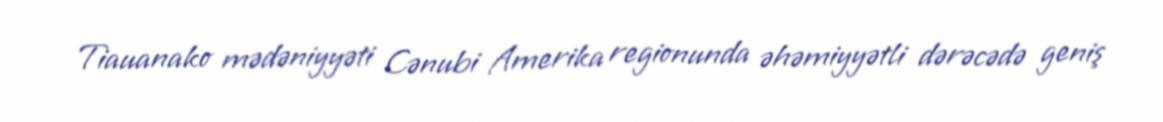
Tiauanako mədəniyyəti Cənubi Amerika regionunda əhəmiyyətli dərəcədə geniş